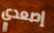
إصعدي